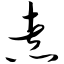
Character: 煮